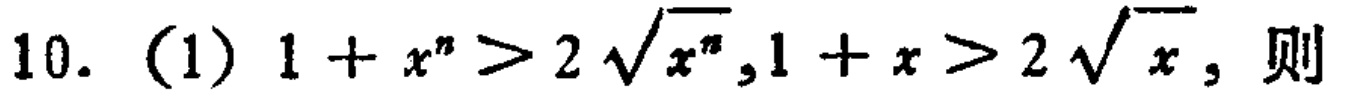
10. (1) \(1 + x^{n}>2\sqrt{x^{n}},1 + x>2\sqrt{x}\)，则